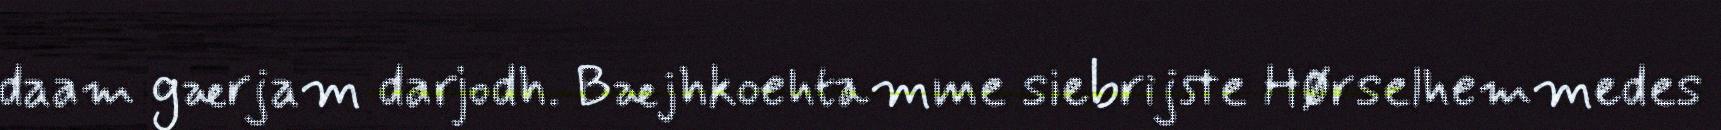
daam gærjam darjodh. Bæjhkoehtamme siebrijste Hørselhemmedes